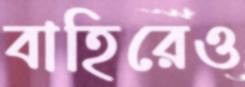
বাহিরেও